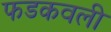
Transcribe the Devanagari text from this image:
फडकवली